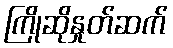
ကြိုဆိုနှုတ်ဆက်